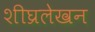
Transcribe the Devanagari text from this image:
शीघ्रलेखन